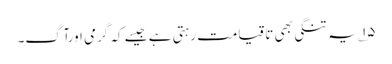
۱۵؎ یہ تنگی بھی تاقیامت رہتی ہے جیسے کہ گرمی اورآگ۔